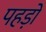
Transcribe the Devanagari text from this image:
पहड़ों